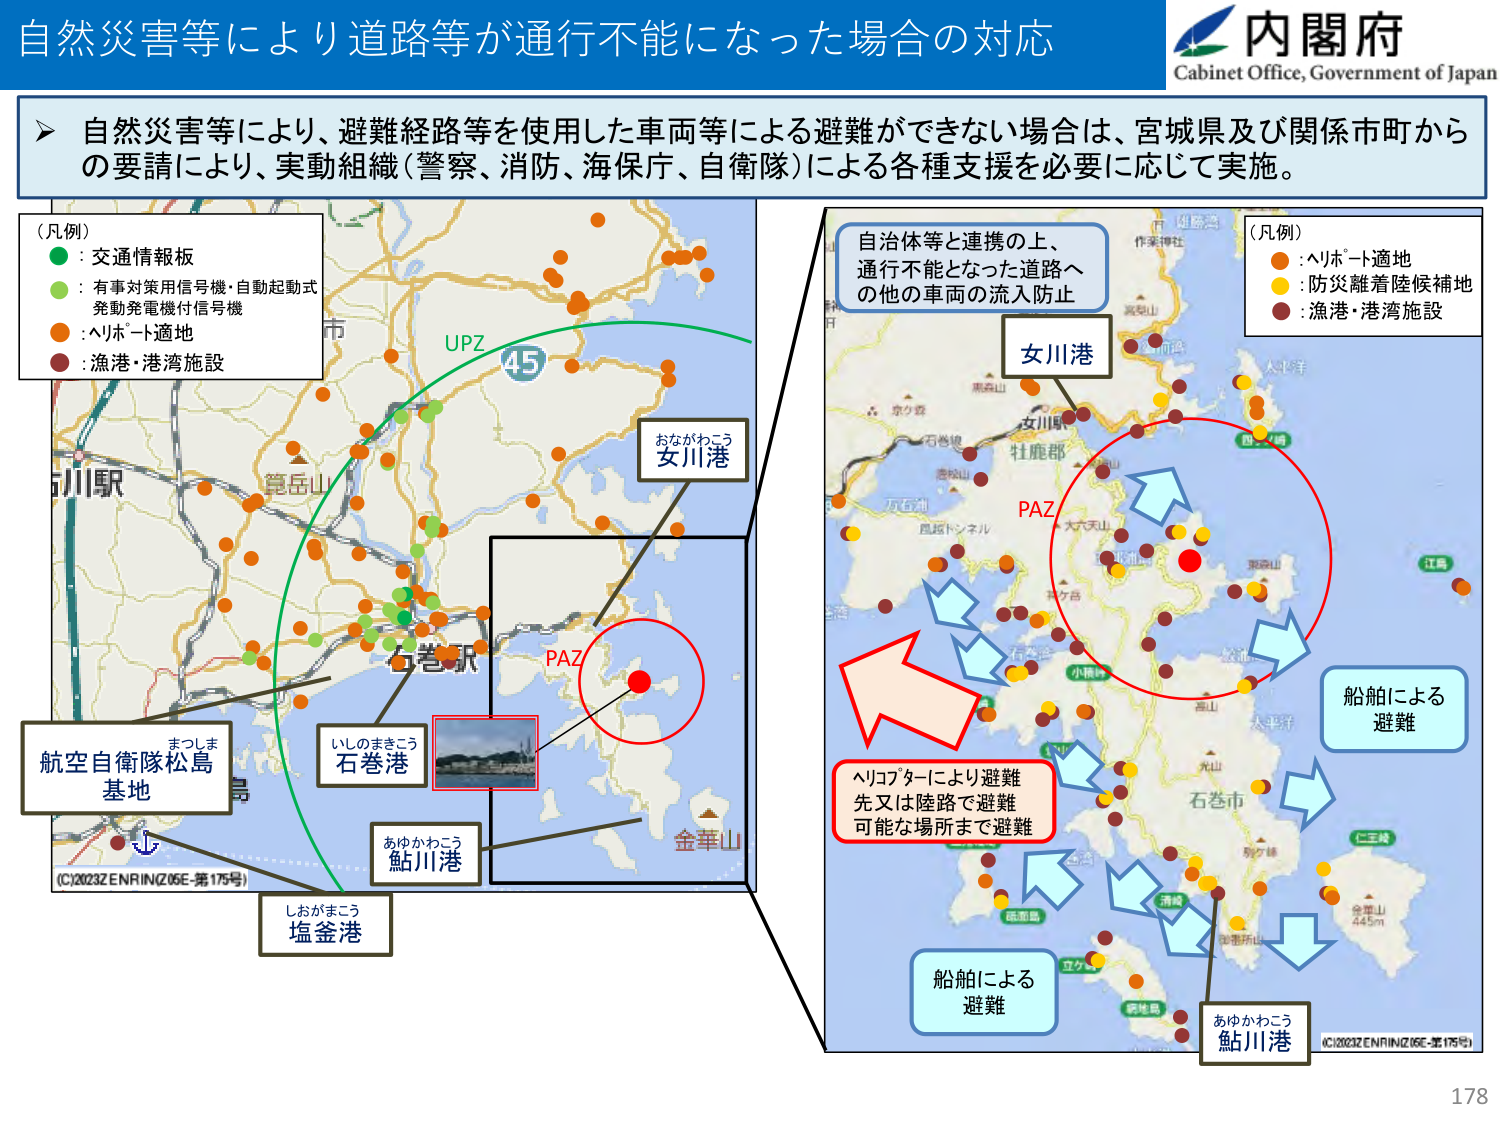
自然災害等により道路等が通行不能になった場合の対応
内閣府
Cabinet Office, Government of Japan

自然災害等により、避難経路等を使用した車両等による避難ができない場合は、宮城県及び関係市町からの要請により、実動組織（警察、消防、海保庁、自衛隊）による各種支援を必要に応じて実施。

（凡例）
●：交通情報板
●：有事対策用信号機・自動起動式発動発電機付信号機
●：ヘリポート適地
●：漁港・港湾施設

UPZ
45
おながわこう
女川港
石巻駅
いしのまきこう
石巻港
あゆかわこう
鮎川港
しおがまこう
塩釜港
航空自衛隊松島基地
まつしま
(C)2023 ZENRIN (Z05E-第175号)
金華山

自治体等と連携の上、
通行不能となった道路へ
の他の車両の流入防止

（凡例）
●：ヘリポート適地
●：防災離着陸候補地
●：漁港・港湾施設

女川港
PAZ
ヘリコプターにより避難
先又は陸路で避難
可能な場所まで避難
船舶による避難
船舶による避難
あゆかわこう
鮎川港
(C)2023 ZENRIN (Z05E-第175号)
178